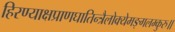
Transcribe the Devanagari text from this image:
हिरण्याक्षप्राणघातिन्त्रैलोक्येमङ्गलम्कुरु॥